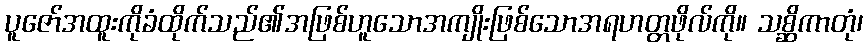
ပူဇော်အထူးကိုခံထိုက်သည်၏အဖြစ်ဟူသောအကျိုးဖြစ်သောအရဟတ္တဖိုလ်ကို။ သစ္ဆိကာတုံ၊